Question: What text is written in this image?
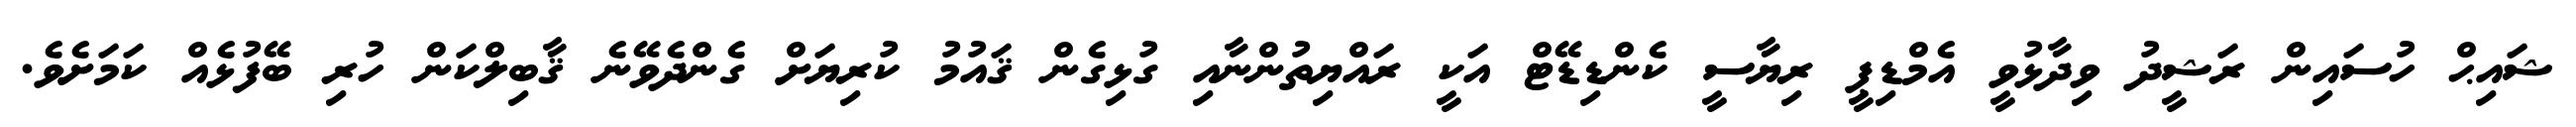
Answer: ޝައިޙް ހުސައިން ރަޝީދު ވިދާޅުވީ އެމްޑިޕީ ރިޔާސީ ކެންޑިޑޭޓް އަކީ ރައްޔިތުންނާއި ގުޅިގެން ޤައުމު ކުރިޔަށް ގެންދެވޭނެ ޤާބިލްކަން ހުރި ބޭފުޅެއް ކަމަށެވެ.